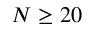
N \ge 2 0